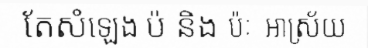
តែសំឡេង ប៉ និង ប៉ៈ  អាស្រ័យ